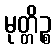
မုတ္တိဉ္စ